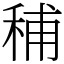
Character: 秿